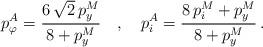
LaTeX: \begin{align*}p_{\varphi}^A = \frac{6 \, \sqrt 2 \, p_y^M}{8 + p_y^M} \quad , \quad p_i^A = \frac{8 \, p_i^M + p_y^M}{8 + p_y^M} \, . \end{align*}